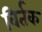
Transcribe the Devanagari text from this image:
विर्तक